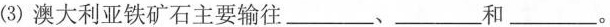
(3)澳大利亚铁矿石主要输往___、___和___。